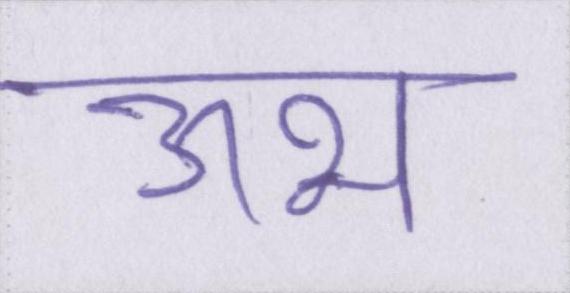
ऊभ